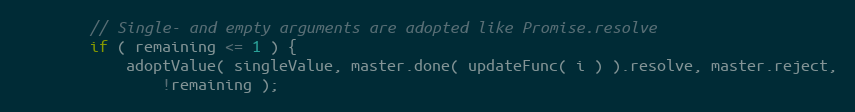
Language: JavaScript
		// Single- and empty arguments are adopted like Promise.resolve
		if ( remaining <= 1 ) {
			adoptValue( singleValue, master.done( updateFunc( i ) ).resolve, master.reject,
				!remaining );